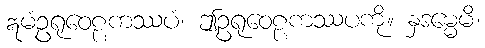
ဣမံဥရုဝေဠကဿပံ၊ ဤဥရုဝေဠကဿပကို။ နှဒမ္မေမိ၊